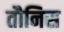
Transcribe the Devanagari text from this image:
तौनिस